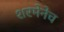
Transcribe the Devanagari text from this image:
शरमेनेच